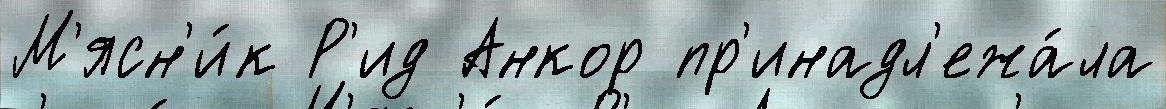
М'ясн'и́к Р'ид Анкор пр'инадл'ежа́ла